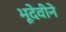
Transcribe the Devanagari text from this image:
भूदेवीने